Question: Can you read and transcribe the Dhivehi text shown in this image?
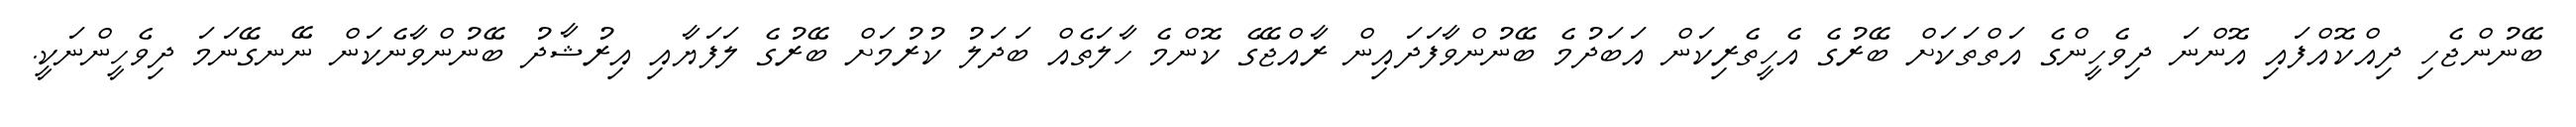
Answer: ބޭނުންޖެހި ދިއްކޮއްފައި އޮންނަ ދިވެހީންގެ އަތްތަކަށް ބޭރުގެ އެހީތެރިކަން އަބަދުމެ ބޭނުންވާފަދައިން ރާއްޖޭގެ ކޮންމެ ހާލަތެއް ބަދަލު ކުރުމަށް ބޭރުގެ ލަފަޔާއި އިރުޝާދު ބޭނުންވާނެކަން ނޭނގޭނަމަ ދިވެހީންނަކީ.